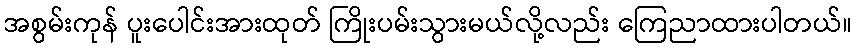
အစွမ်းကုန် ပူးပေါင်းအားထုတ် ကြိုးပမ်းသွားမယ်လို့လည်း ကြေညာထားပါတယ်။